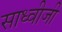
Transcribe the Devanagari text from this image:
साध्वीजी